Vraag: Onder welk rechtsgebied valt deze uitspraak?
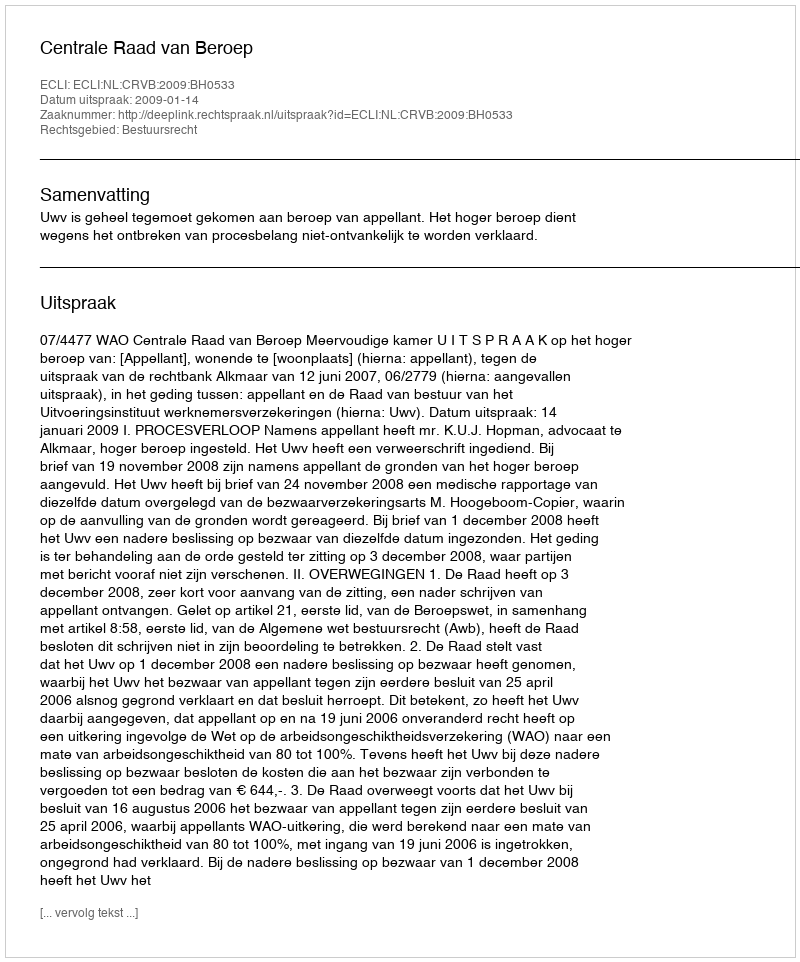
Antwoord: Bestuursrecht